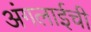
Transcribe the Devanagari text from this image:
अंगलाईची